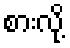
စားလို့